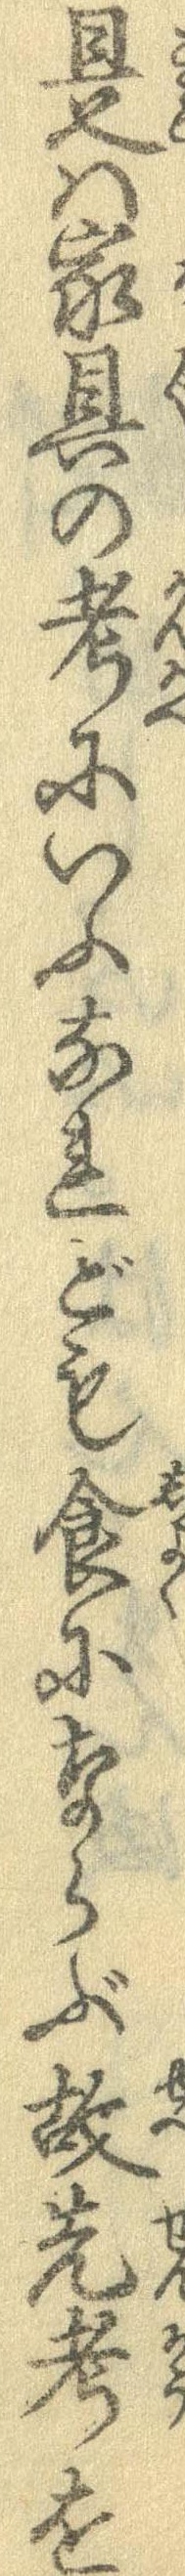
是は家具の考にいふなれども食にならぶ故先考を